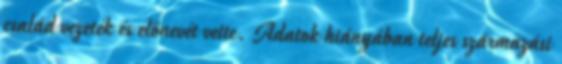
család vezeték és előnevét vette. Adatok hiányában teljes származási